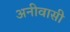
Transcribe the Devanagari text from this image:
अनीवासी